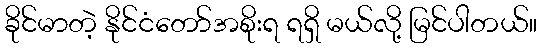
ခိုင်မာတဲ့ နိုင်ငံတော်အစိုးရ ရရှိ မယ်လို့ မြင်ပါတယ်။